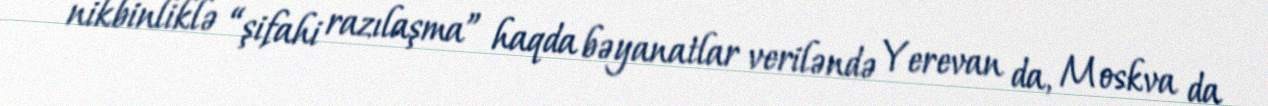
nikbinliklə “şifahi razılaşma” haqda bəyanatlar veriləndə Yerevan da, Moskva da